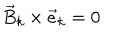
LaTeX: { \vec { B } } _ { k } \times { \vec { e } } _ { k } = 0